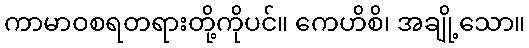
ကာမာဝစရတရားတို့ကိုပင်။ ကေဟိစိ၊ အချို့သော။